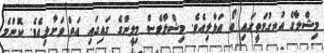
މިޝްލާގެ އުނގުމަތީގައި ބޯ އަޅާލިއެވެ. މިޝްލާވެސް މިލީންގެ ގައިގައި އަތް ވަށާލިއެވެ. ކޮންމެ